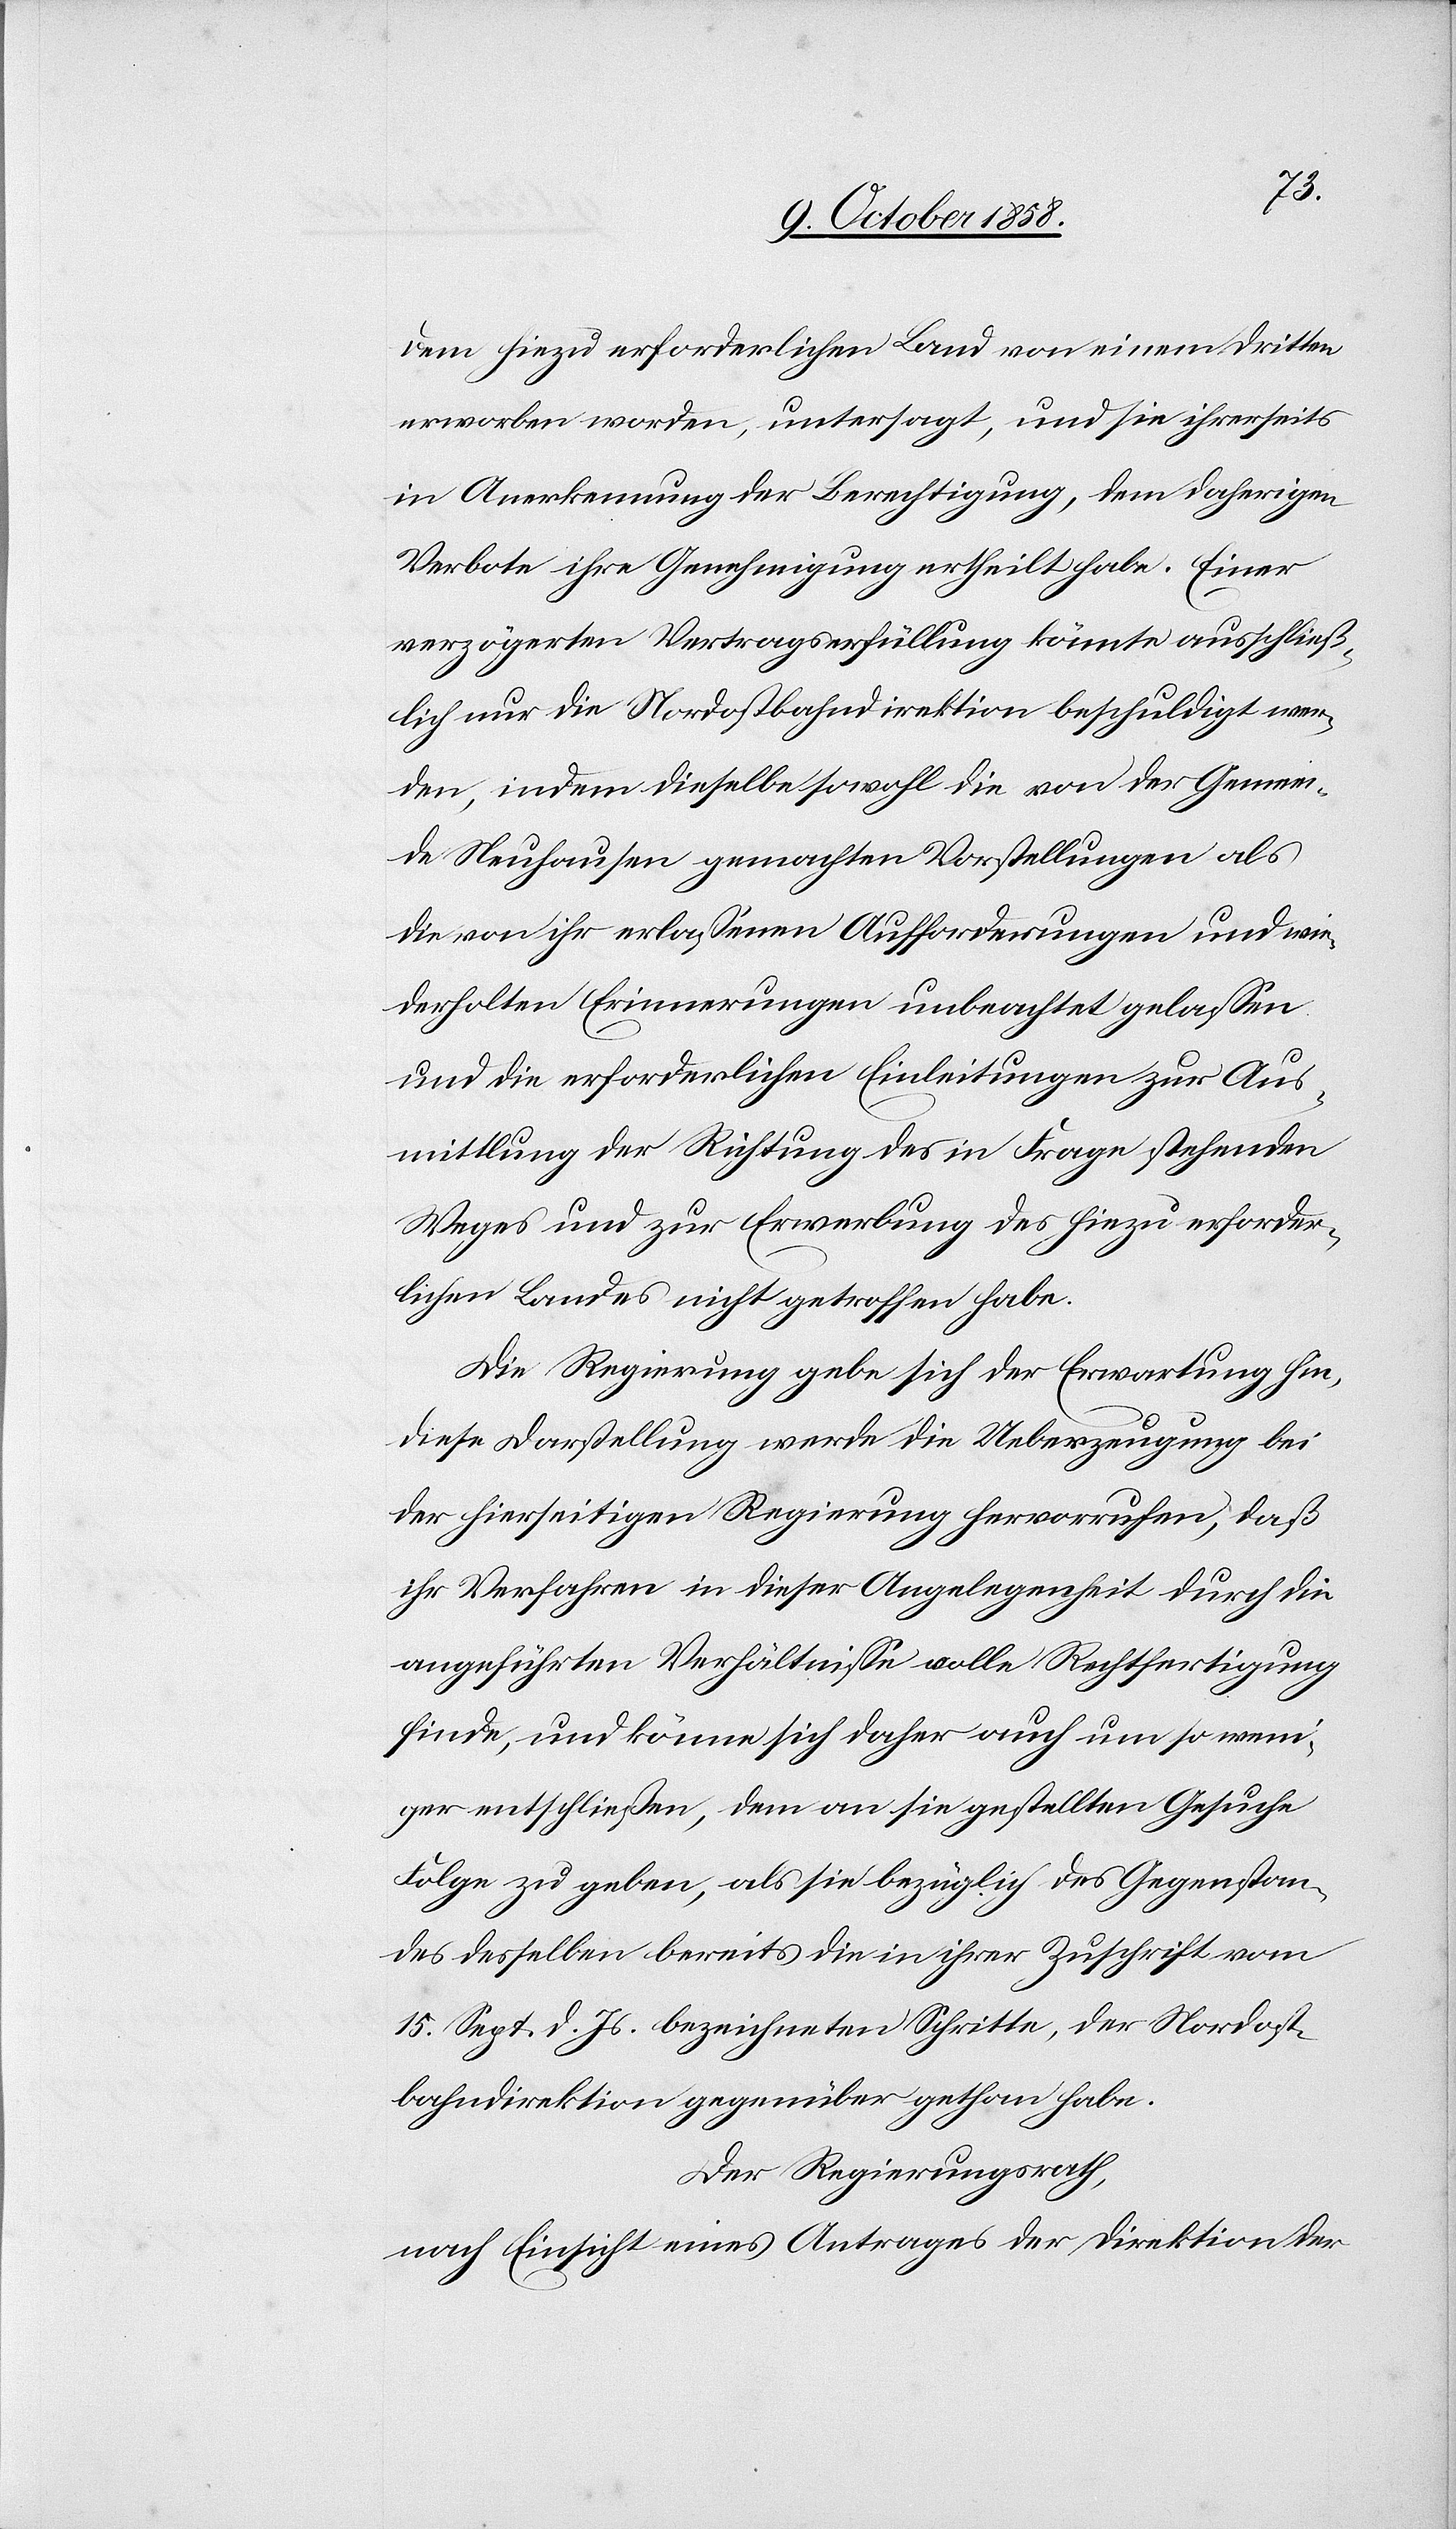
dem hiezu erforderlichen Land von einem Dritten
erworben worden, untersagt, und sie ihrerseits
in Anerkennung der Berechtigung, dem daherigen
Verbote ihre Genehmigung ertheilt habe. Einer
verzögerten Vertragserfüllung könnte ausschließ¬
lich nur die Nordostbahndirektion beschuldigt wer¬
den, indem dieselbe sowohl die von der Gemein¬
de Neuhausen gemachten Vorstellungen als
die von ihr erlassenen Aufforderungen und wie¬
derholten Erinnerungen unbeachtet gelassen
und die erforderlichen Einleitungen zur Aus¬
mittlung der Richtung des in Frage stehenden
Weges und zur Erwerbung des hiezu erforder¬
lichen Landes nicht getroffen habe.
Die Regierung gebe sich der Erwartung hin,
diese Darstellung werde die Ueberzeugung bei
der hierseitigen Regierung hervorrufen, daß
ihr Verfahren in dieser Angelegenheit durch die
angeführten Verhältnisse volle Rechtfertigung
finde, und könne sich daher auch um so weni¬
ger entschließen, dem an sie gestellten Gesuche
Folge zu geben, als sie bezüglich des Gegenstan¬
des desselben bereits die in ihrer Zuschrift vom
15. Sept. d. Js. bezeichneten Schritte, der Nordost¬
bahndirektion gegenüber gethan habe.
Der Regierungsrath,
nach Einsicht eines Antrages der Direktion der